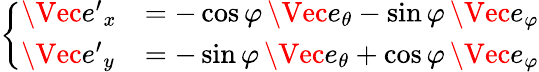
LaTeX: \left\{ \begin{array}{ll}{\Vec{e^{\prime}}_{x}}&{=-\cos{\varphi}\, \Vec{e}_{\theta}-\sin{\varphi}\, \Vec{e}_{\varphi}}\\ {\Vec{e^{\prime}}_{y}}&{=-\sin{\varphi}\, \Vec{e}_{\theta}+\cos{\varphi}\, \Vec{e}_{\varphi}}\end{array}\right.